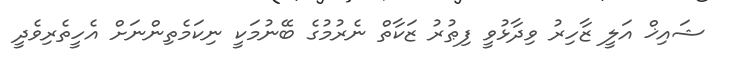
ޝައިޚް އަލީ ޒާހިރު ވިދާޅުވީ ފިޠުރު ޒަކާތް ނެރުމުގެ ބޭނުމަކީ ނިކަމެތިންނަށް އެހީތެރިވެދީ